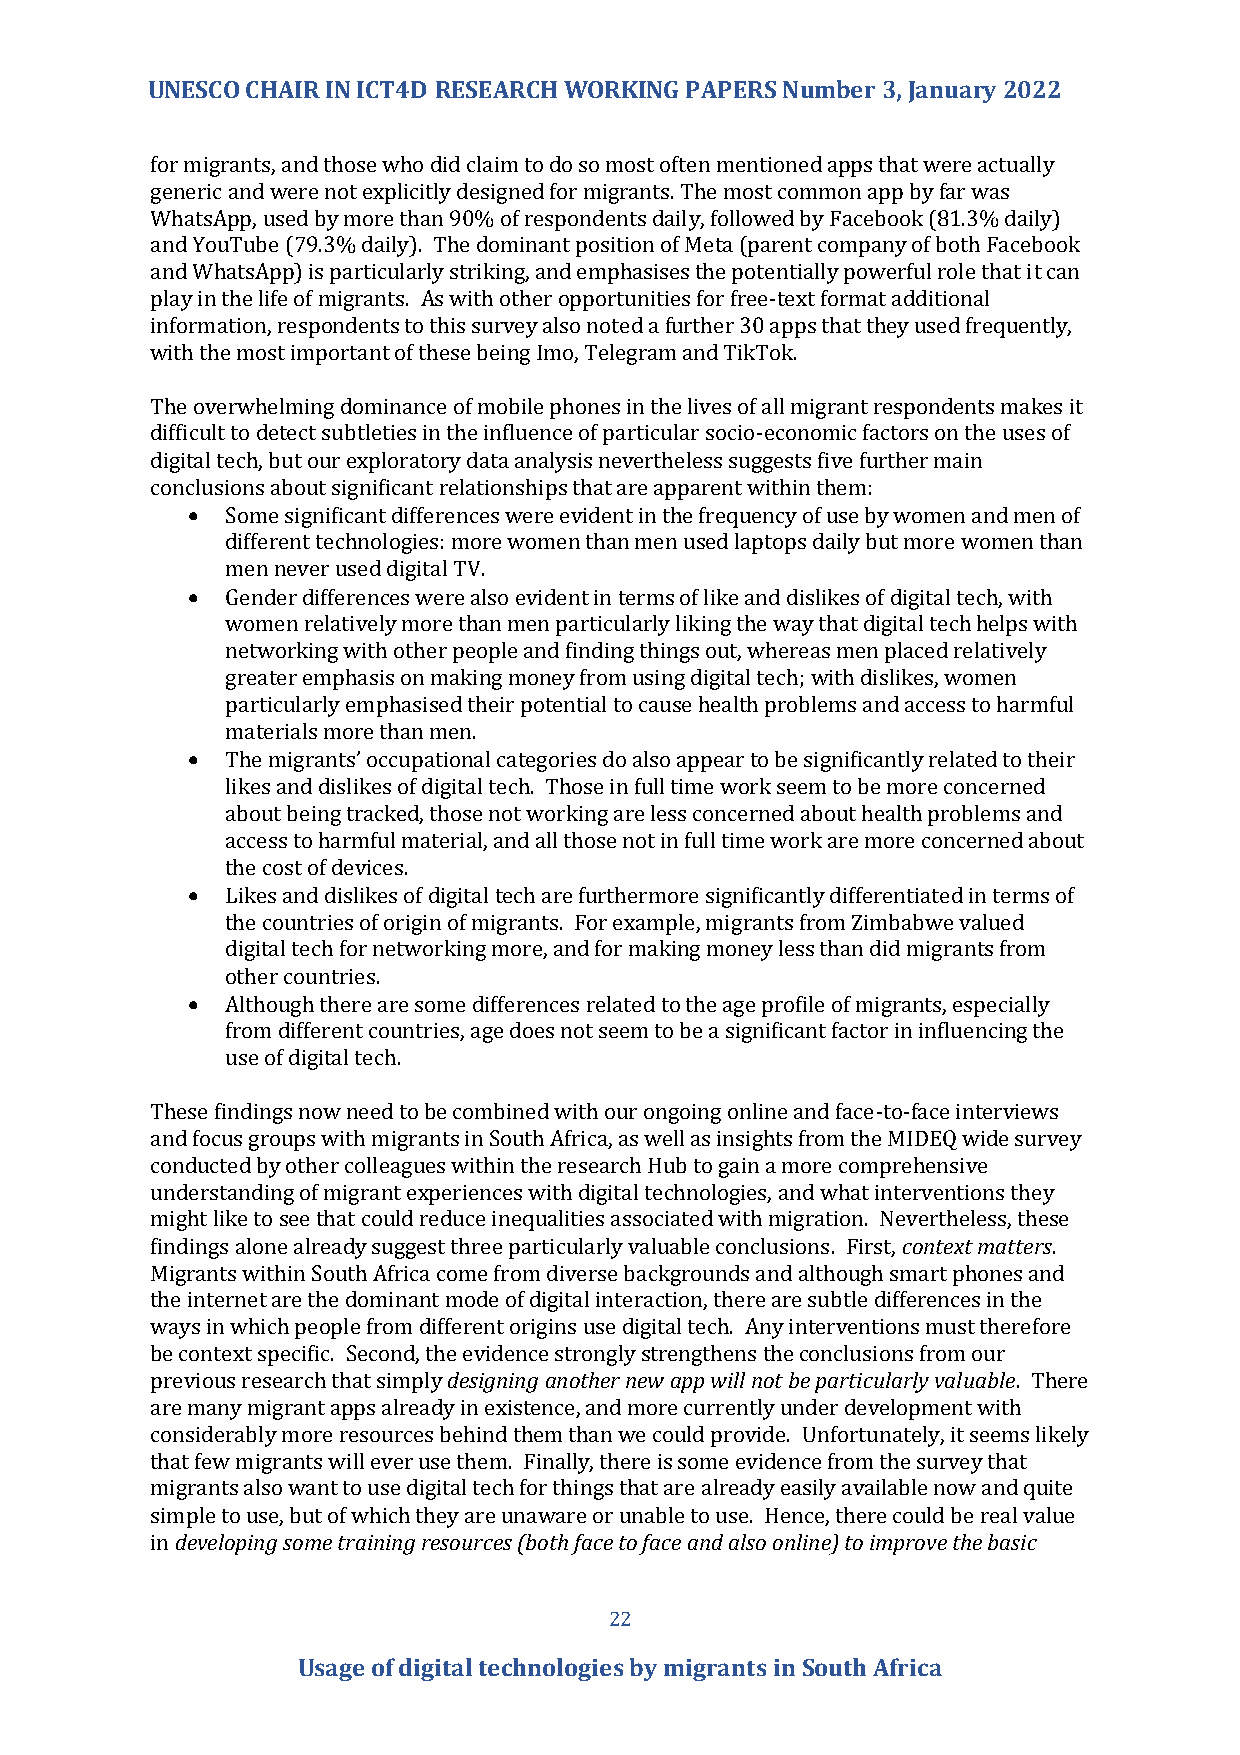
UNESCO CHAIR IN ICT4D RESEARCH WORKING PAPERS Number 3, January 2022
 for migrants, and those who did claim to do so most often mentioned apps that were actually
 generic and were not explicitly designed for migrants. The most common app by far was
 WhatsApp, used by more than 90% of respondents daily, followed by Facebook (81.3% daily)
 and YouTube (79.3% daily). The dominant position of Meta (parent company of both Facebook
 and WhatsApp) is particularly striking, and emphasises the potentially powerful role that it can
 play in the life of migrants. As with other opportunities for free-text format additional
 information, respondents to this survey also noted a further 30 apps that they used frequently,
 with the most important of these being Imo, Telegram and TikTok.
 The overwhelming dominance of mobile phones in the lives of all migrant respondents makes it
 difficult to detect subtleties in the influence of particular socio-economic factors on the uses of
 digital tech, but our exploratory data analysis nevertheless suggests five further main
 conclusions about significant relationships that are apparent within them:
 •  Some significant differences were evident in the frequency of use by women and men of
 different technologies: more women than men used laptops daily but more women than
 men never used digital TV.
 •  Gender differences were also evident in terms of like and dislikes of digital tech, with
 women relatively more than men particularly liking the way that digital tech helps with
 networking with other people and finding things out, whereas men placed relatively
 greater emphasis on making money from using digital tech; with dislikes, women
 particularly emphasised their potential to cause health problems and access to harmful
 materials more than men.
 •  The migrants’ occupational categories do also appear to be significantly related to their
 likes and dislikes of digital tech. Those in full time work seem to be more concerned
 about being tracked, those not working are less concerned about health problems and
 access to harmful material, and all those not in full time work are more concerned about
 the cost of devices.
 •  Likes and dislikes of digital tech are furthermore significantly differentiated in terms of
 the countries of origin of migrants. For example, migrants from Zimbabwe valued
 digital tech for networking more, and for making money less than did migrants from
 other countries.
 •  Although there are some differences related to the age profile of migrants, especially
 from different countries, age does not seem to be a significant factor in influencing the
 use of digital tech.
 These findings now need to be combined with our ongoing online and face-to-face interviews
 and focus groups with migrants in South Africa, as well as insights from the MIDEQ wide survey
 conducted by other colleagues within the research Hub to gain a more comprehensive
 understanding of migrant experiences with digital technologies, and what interventions they
 might like to see that could reduce inequalities associated with migration. Nevertheless, these
 findings alone already suggest three particularly valuable conclusions. First, context matters.
 Migrants within South Africa come from diverse backgrounds and although smart phones and
 the internet are the dominant mode of digital interaction, there are subtle differences in the
 ways in which people from different origins use digital tech. Any interventions must therefore
 be context specific. Second, the evidence strongly strengthens the conclusions from our
 previous research that simply designing another new app will not be particularly valuable. There
 are many migrant apps already in existence, and more currently under development with
 considerably more resources behind them than we could provide. Unfortunately, it seems likely
 that few migrants will ever use them. Finally, there is some evidence from the survey that
 migrants also want to use digital tech for things that are already easily available now and quite
 simple to use, but of which they are unaware or unable to use. Hence, there could be real value
 in developing some training resources (both face to face and also online) to improve the basic
 22
 Usage of digital technologies by migrants in South Africa